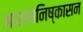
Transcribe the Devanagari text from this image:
आशयनिष्कासन